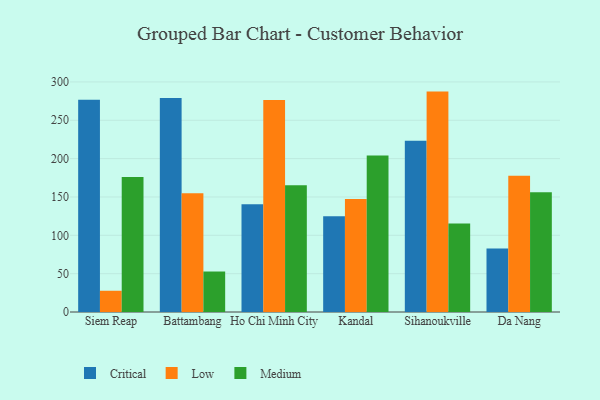
{"axis": {"x": "City", "y": "Demand Index"}, "legend": ["Critical", "Low", "Medium"], "data": [{"x": "Siem Reap", "y": 276.8, "type": "Critical"}, {"x": "Siem Reap", "y": 27.7, "type": "Low"}, {"x": "Siem Reap", "y": 175.9, "type": "Medium"}, {"x": "Battambang", "y": 279.2, "type": "Critical"}, {"x": "Battambang", "y": 154.9, "type": "Low"}, {"x": "Battambang", "y": 52.8, "type": "Medium"}, {"x": "Ho Chi Minh City", "y": 140.4, "type": "Critical"}, {"x": "Ho Chi Minh City", "y": 276.4, "type": "Low"}, {"x": "Ho Chi Minh City", "y": 165.2, "type": "Medium"}, {"x": "Kandal", "y": 124.9, "type": "Critical"}, {"x": "Kandal", "y": 147.5, "type": "Low"}, {"x": "Kandal", "y": 204.2, "type": "Medium"}, {"x": "Sihanoukville", "y": 223.3, "type": "Critical"}, {"x": "Sihanoukville", "y": 287.4, "type": "Low"}, {"x": "Sihanoukville", "y": 115.4, "type": "Medium"}, {"x": "Da Nang", "y": 82.7, "type": "Critical"}, {"x": "Da Nang", "y": 177.8, "type": "Low"}, {"x": "Da Nang", "y": 156.2, "type": "Medium"}]}